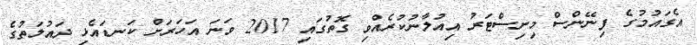
އެގައުމުގެ ފިނޭންސް މިނިސްޓަރު އިއުލާނުކުރެއްވި ގޮތުގައި 2017 ވަނަ އަހަރަށް ކަނޑައެޅި ދައުލަތުގެ